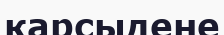
қарсыдене